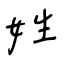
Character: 姓